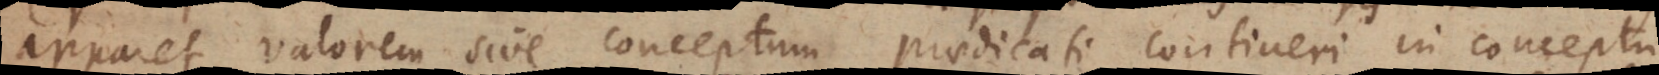
apparet valorem sive conceptum praedicati contineri in conceptu